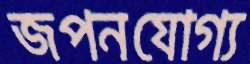
জপনযোগ্য